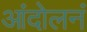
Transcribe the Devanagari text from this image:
आंदोलनं